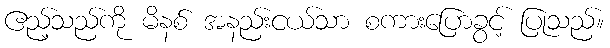
ဧည့်သည်ကို မိနစ် အနည်းငယ်သာ စကားပြောခွင့် ပြုသည်။